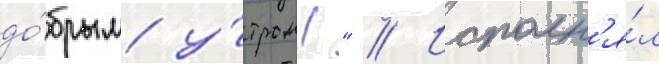
до́брым у́тром!" // Исполн'я́л